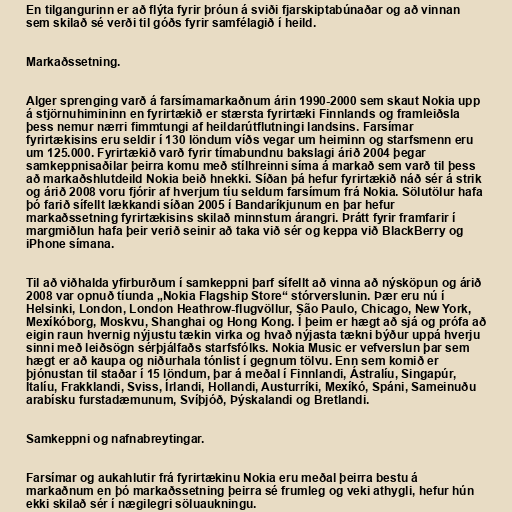
En tilgangurinn er að flýta fyrir þróun á sviði fjarskiptabúnaðar og að vinnan
sem skilað sé verði til góðs fyrir samfélagið í heild.

Markaðssetning.

Alger sprenging varð á farsímamarkaðnum árin 1990-2000 sem skaut Nokia upp
á stjörnuhimininn en fyrirtækið er stærsta fyrirtæki Finnlands og framleiðsla
þess nemur nærri fimmtungi af heildarútflutningi landsins. Farsímar
fyrirtækisins eru seldir í 130 löndum víðs vegar um heiminn og starfsmenn eru
um 125.000. Fyrirtækið varð fyrir tímabundnu bakslagi árið 2004 þegar
samkeppnisaðilar þeirra komu með stílhreinni síma á markað sem varð til þess
að markaðshlutdeild Nokia beið hnekki. Síðan þá hefur fyrirtækið náð sér á strik
og árið 2008 voru fjórir af hverjum tíu seldum farsímum frá Nokia. Sölutölur hafa
þó farið sífellt lækkandi síðan 2005 í Bandaríkjunum en þar hefur
markaðssetning fyrirtækisins skilað minnstum árangri. Þrátt fyrir framfarir í
margmiðlun hafa þeir verið seinir að taka við sér og keppa við BlackBerry og
iPhone símana.

Til að viðhalda yfirburðum í samkeppni þarf sífellt að vinna að nýsköpun og árið
2008 var opnuð tíunda „Nokia Flagship Store“ stórverslunin. Þær eru nú í
Helsinki, London, London Heathrow-flugvöllur, São Paulo, Chicago, New York,
Mexíkóborg, Moskvu, Shanghai og Hong Kong. Í þeim er hægt að sjá og prófa að
eigin raun hvernig nýjustu tækin virka og hvað nýjasta tækni býður uppá hverju
sinni með leiðsögn sérþjálfaðs starfsfólks. Nokia Music er vefverslun þar sem
hægt er að kaupa og niðurhala tónlist í gegnum tölvu. Enn sem komið er
þjónustan til staðar í 15 löndum, þar á meðal í Finnlandi, Ástralíu, Singapúr,
Ítalíu, Frakklandi, Sviss, Írlandi, Hollandi, Austurríki, Mexíkó, Spáni, Sameinuðu
arabísku furstadæmunum, Svíþjóð, Þýskalandi og Bretlandi.

Samkeppni og nafnabreytingar.

Farsímar og aukahlutir frá fyrirtækinu Nokia eru meðal þeirra bestu á
markaðnum en þó markaðssetning þeirra sé frumleg og veki athygli, hefur hún
ekki skilað sér í nægilegri söluaukningu.